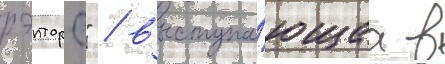
рэпторс" / выступа́ющаа в